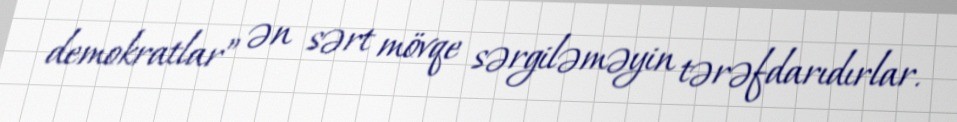
demokratlar” ən sərt mövqe sərgiləməyin tərəfdarıdırlar.